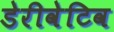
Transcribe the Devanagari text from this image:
डेरीवेटिव